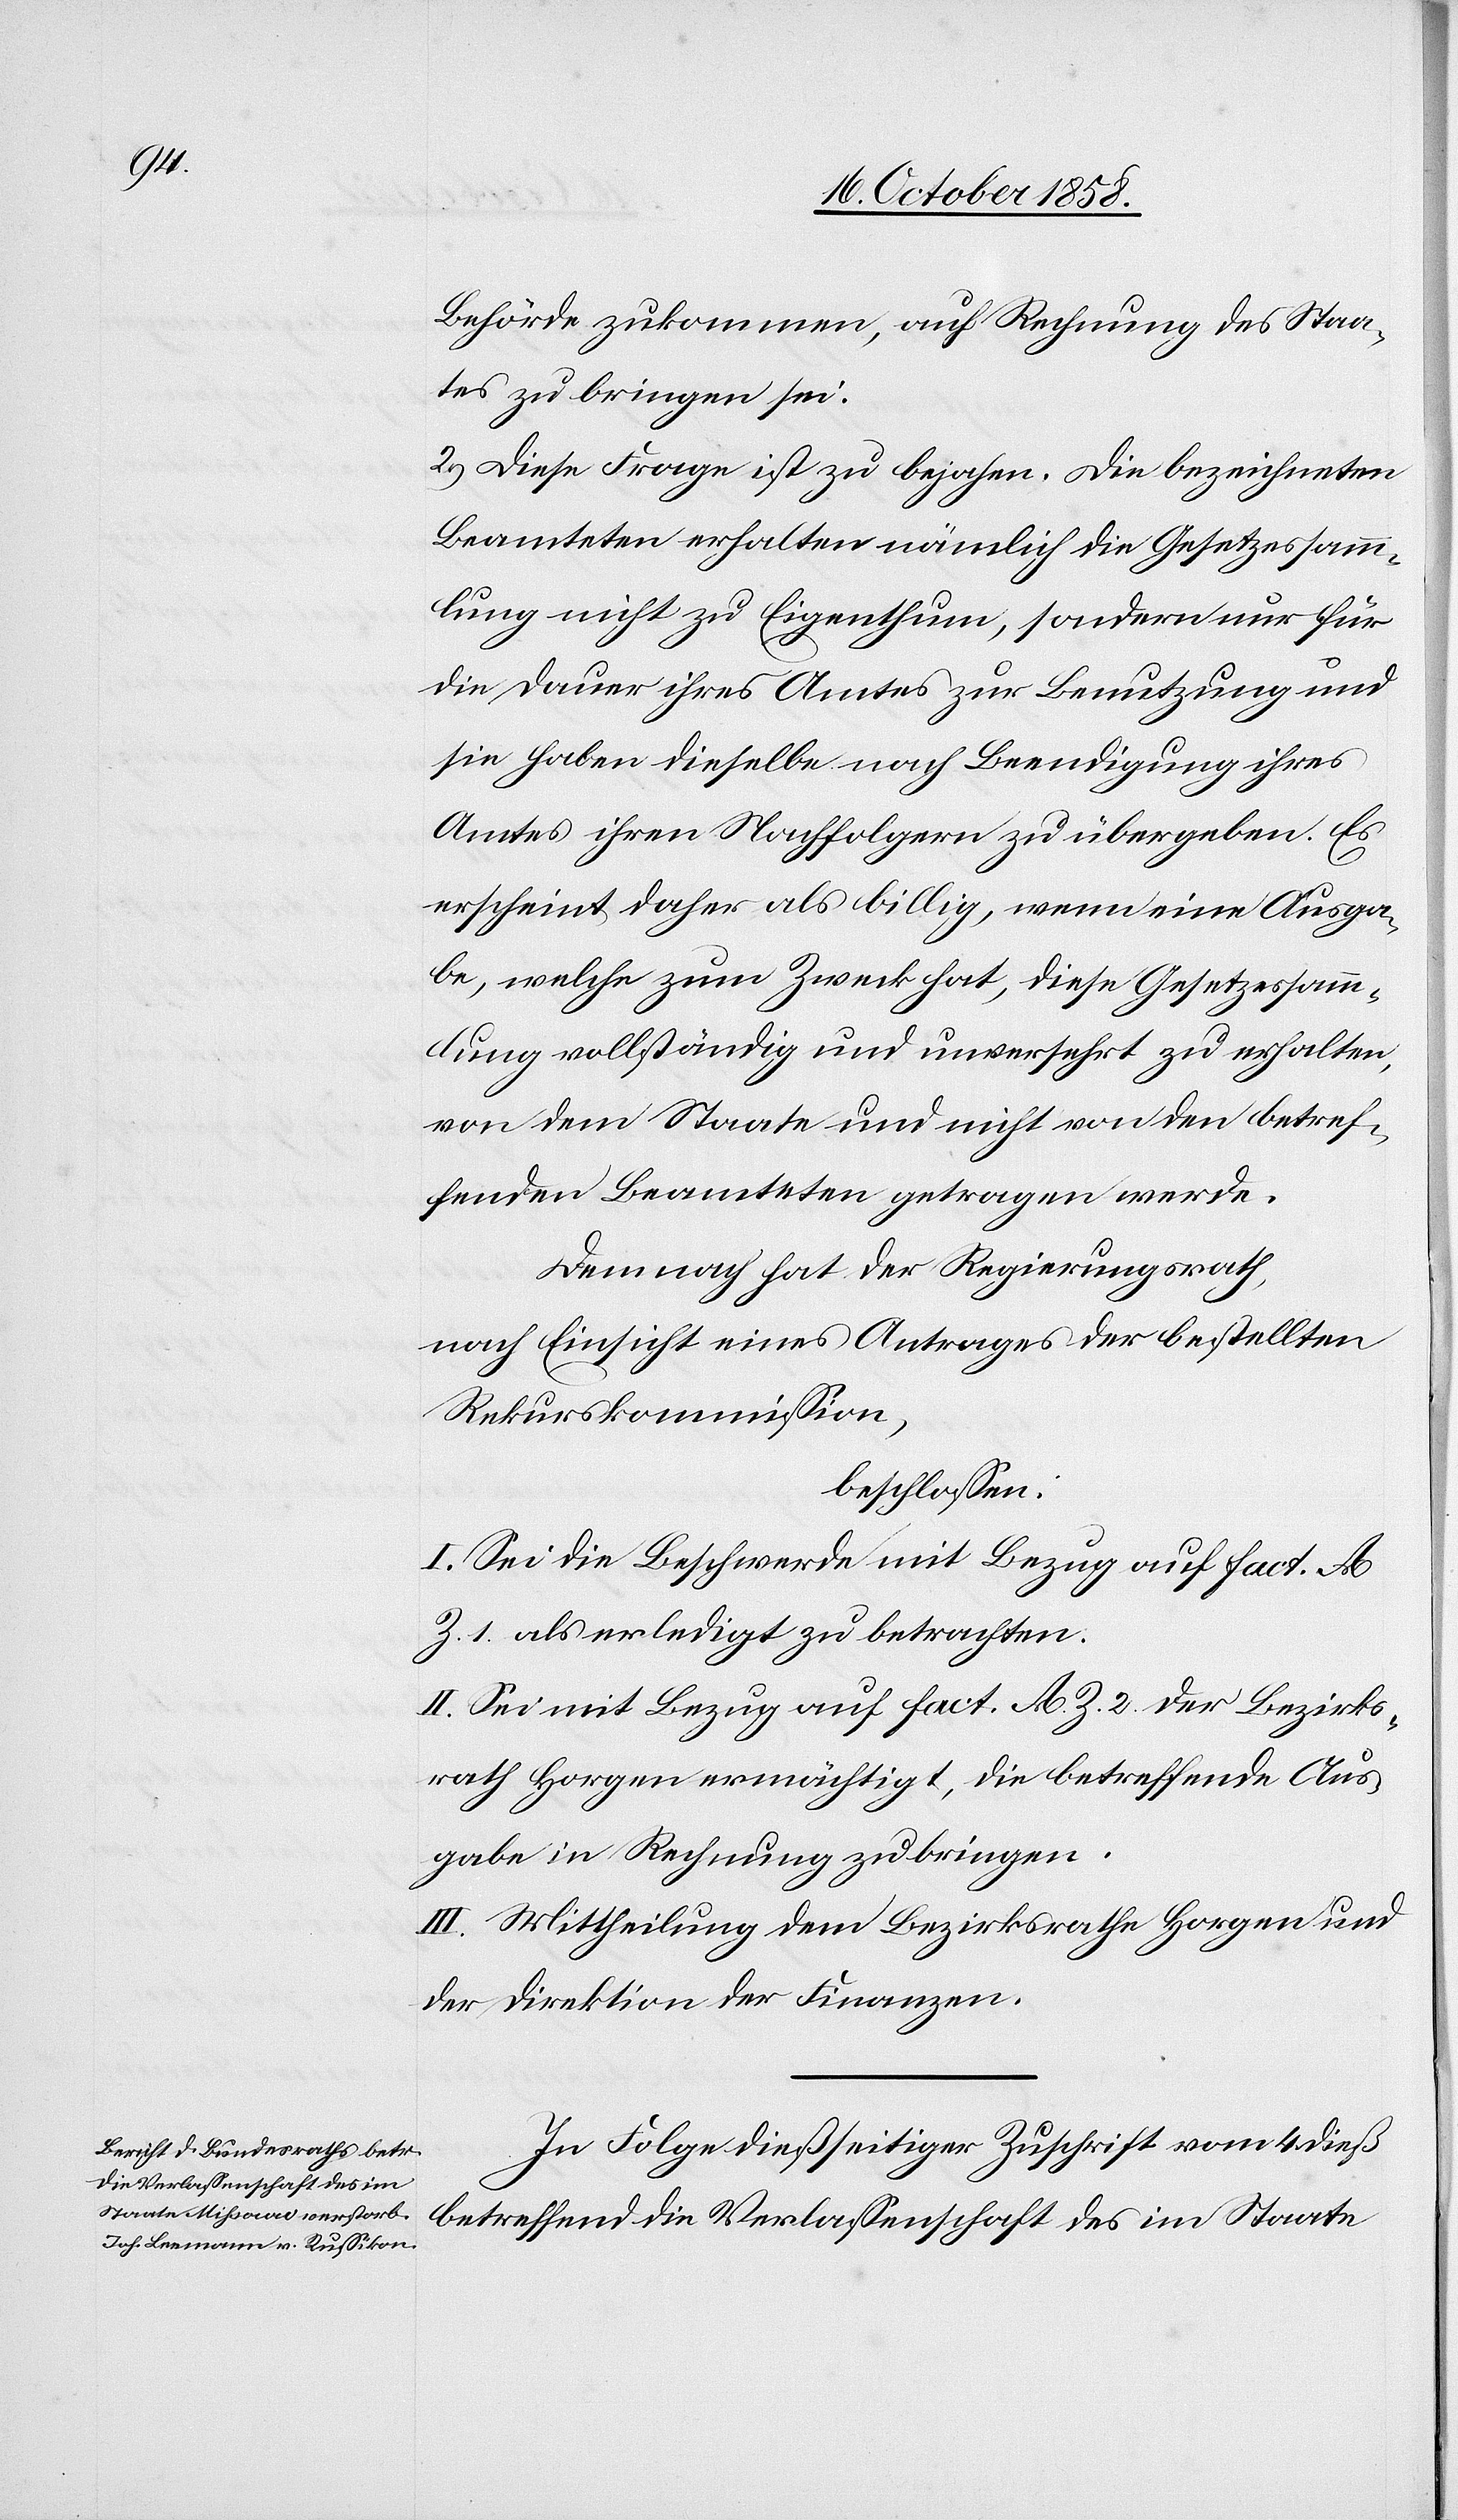
Behörde zukommen, auf Rechnung des Staa¬
tes zu bringen sei.
2.) Diese Frage ist zu bejahen. Die bezeichneten
Beamteten erhalten nämlich die Gesetzessamm¬
lung nicht zu Eigenthum, sondern nur für
die Dauer ihres Amtes zur Benutzung und
sie haben dieselbe nach Beendigung ihres
Amtes ihren Nachfolgern zu übergeben. Es
erscheint daher als billig, wenn eine Ausga¬
be, welche zum Zweck hat, diese Gesetzessamm¬
lung vollständig und unversehrt zu erhalten,
von dem Staate und nicht von den betref¬
fenden Beamteten getragen werde.
Demnach hat der Regierungsrath,
nach Einsicht eines Antrages der bestellten
Rekurskommission,
beschlossen:
I. Sei die Beschwerde mit Bezug auf Fact. A
Z. 1. als erledigt zu betrachten.
II. Sei mit Bezug auf Fact. A. Z. 2. der Bezirks¬
rath Horgen ermächtigt, die betreffende Aus¬
gabe in Rechnung zu bringen.
III. Mittheilung dem Bezirksrathe Horgen und
der Direktion der Finanzen.
In Folge dießseitiger Zuschrift vom 4. dieß
betreffend die Verlassenschaft des im Staate